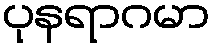
ပုနရာဂမာ